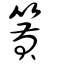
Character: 篢